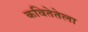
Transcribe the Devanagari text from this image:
कवितेतेला